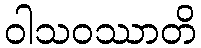
ဝါသဝဿာတိ